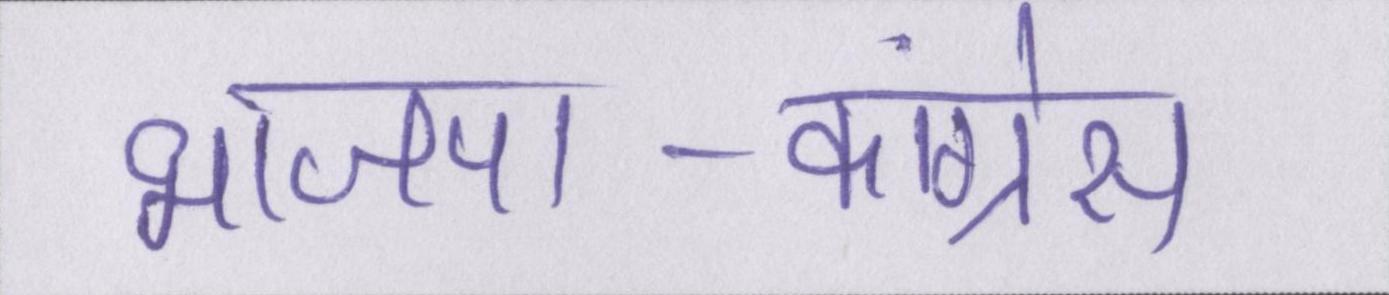
भाजपा-कांग्रेस